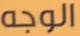
الوجه